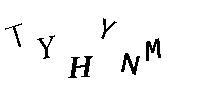
TYHYNM